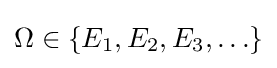
{\textstyle \Omega \in \{E_{1},E_{2},E_{3},\ldots \}}